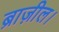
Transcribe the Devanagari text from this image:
ब्राज़ील।